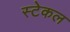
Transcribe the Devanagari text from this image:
स्टेकल